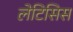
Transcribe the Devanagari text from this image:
लेटिसिस